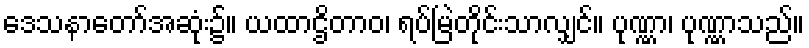
ဒေသနာတော်အဆုံး၌။ ယထာဌိတာဝ၊ ရပ်မြဲတိုင်းသာလျှင်။ ပုဏ္ဏာ၊ ပုဏ္ဏာသည်။